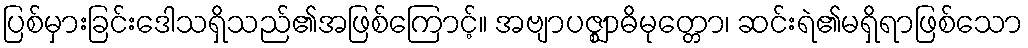
ပြစ်မှားခြင်းဒေါသရှိသည်၏အဖြစ်ကြောင့်။ အဗျာပဇ္ဈာဓိမုတ္တော၊ ဆင်းရဲ၏မရှိရာဖြစ်သော